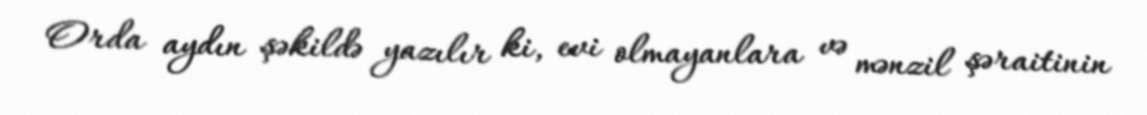
Orda aydın şəkildə yazılır ki, evi olmayanlara və mənzil şəraitinin